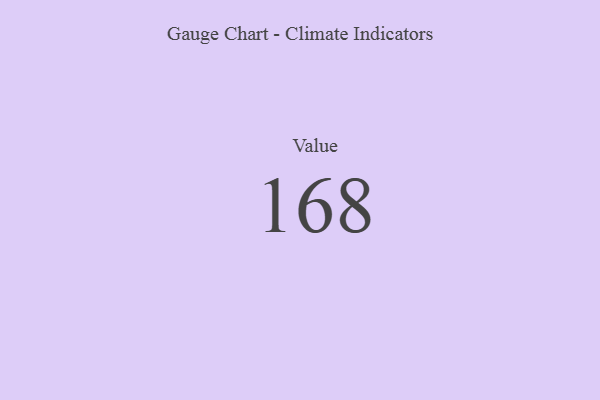
{"axis": {"x": "Metric", "y": "Value"}, "legend": [""], "data": [{"x": "Value", "y": 168, "type": ""}]}